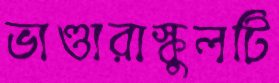
ভাণ্ডারাস্কুলটি